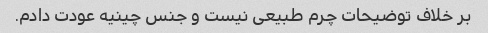
بر خلاف توضیحات چرم طبیعی نیست و جنس چینیه عودت دادم.